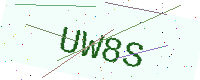
Text: UW8S